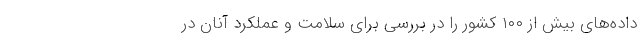
داده‌های بیش از ۱۰۰ کشور را در بررسی برای سلامت و عملکرد آنان در